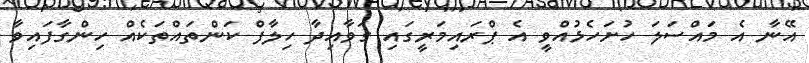
އޭނާ އެ މައްސަލަ ހުށަހެޅުއްވީ އެ ޕްރައިމަރީގައި ގަވާއިދާ ހިލާފް ކަންތައްތަކެއް ހިންގާފައިވާ